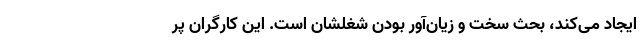
ایجاد می‌کند، بحث سخت و زیان‌آور بودنِ شغلشان است. این کارگران پر